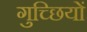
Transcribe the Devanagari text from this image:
गुच्छियों